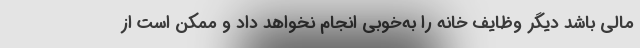
مالی باشد دیگر وظایف خانه را به‌خوبی انجام نخواهد داد و ممکن است از